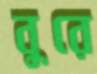
বুরে